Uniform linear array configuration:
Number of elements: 32
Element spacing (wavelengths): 0.25
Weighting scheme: hann
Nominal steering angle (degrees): -15
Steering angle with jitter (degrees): -16.068
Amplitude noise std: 0.05
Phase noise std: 0.05

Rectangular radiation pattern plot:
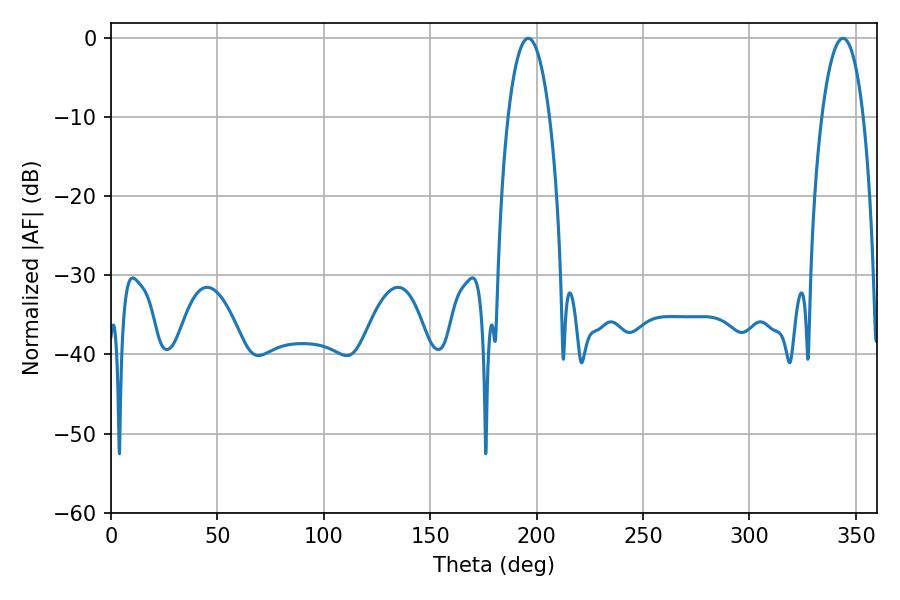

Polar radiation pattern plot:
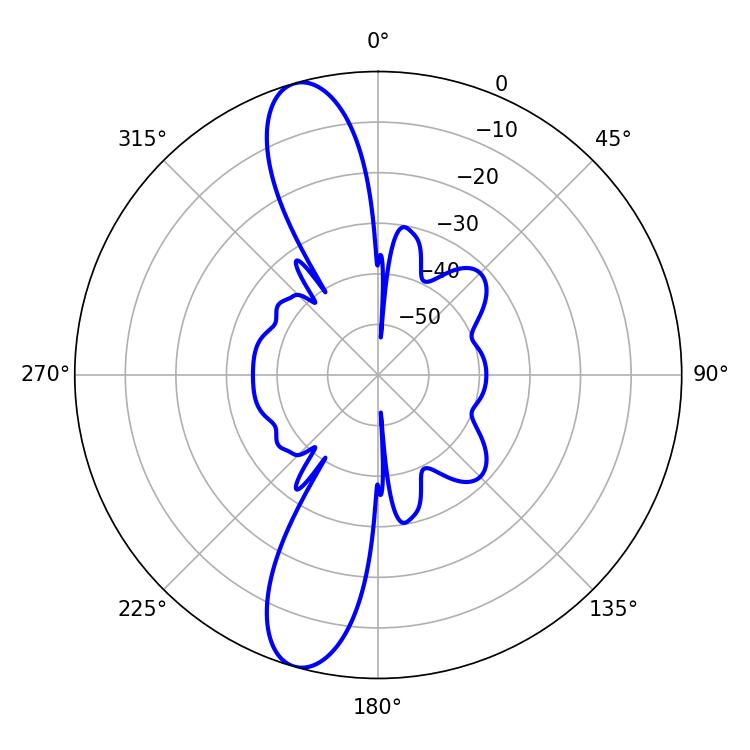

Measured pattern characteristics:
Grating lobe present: FALSE
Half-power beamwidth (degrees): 10.98
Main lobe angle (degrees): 196.02